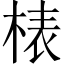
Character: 𣓻